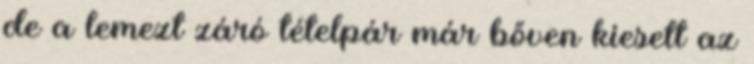
de a lemezt záró tételpár már bőven kiesett az